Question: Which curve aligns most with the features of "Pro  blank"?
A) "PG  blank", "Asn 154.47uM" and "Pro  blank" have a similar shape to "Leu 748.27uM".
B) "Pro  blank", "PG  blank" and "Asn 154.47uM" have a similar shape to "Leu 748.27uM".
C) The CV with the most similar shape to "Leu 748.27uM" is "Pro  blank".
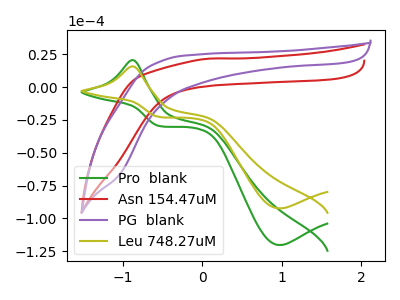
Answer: <think>The green curve "Pro  blank" has an anodic peak at (-0.90V, 20.55uA) and a cathodic peak at (0.95V, -120.25uA). The red curve "Asn 154.47uM" has no peaks. The purple curve "PG  blank" has no peaks. The olive curve "Leu 748.27uM" has an anodic peak at (-0.90V, 15.75uA) and a cathodic peak at (0.95V, -92.35uA).
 "Pro  blank" and "Asn 154.47uM" have a different number of peaks. "Pro  blank" and "PG  blank" have a different number of peaks. All the peaks in "Pro  blank" have a peak in "Leu 748.27uM" at the same potential. Every peak in "Pro  blank" is higher than every peak in "Leu 748.27uM". Neither "Asn 154.47uM" or "PG  blank" have any peaks. "Asn 154.47uM" and "Leu 748.27uM" have a different number of peaks. "PG  blank" and "Leu 748.27uM" have a different number of peaks.</think>
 <answer>C) The CV with the most similar shape to "Leu 748.27uM" is "Pro  blank".</answer>
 <eval>C</eval>